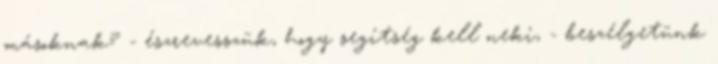
másoknak? - észrevesszük, hogy segítség kell neki, - beszélgetünk